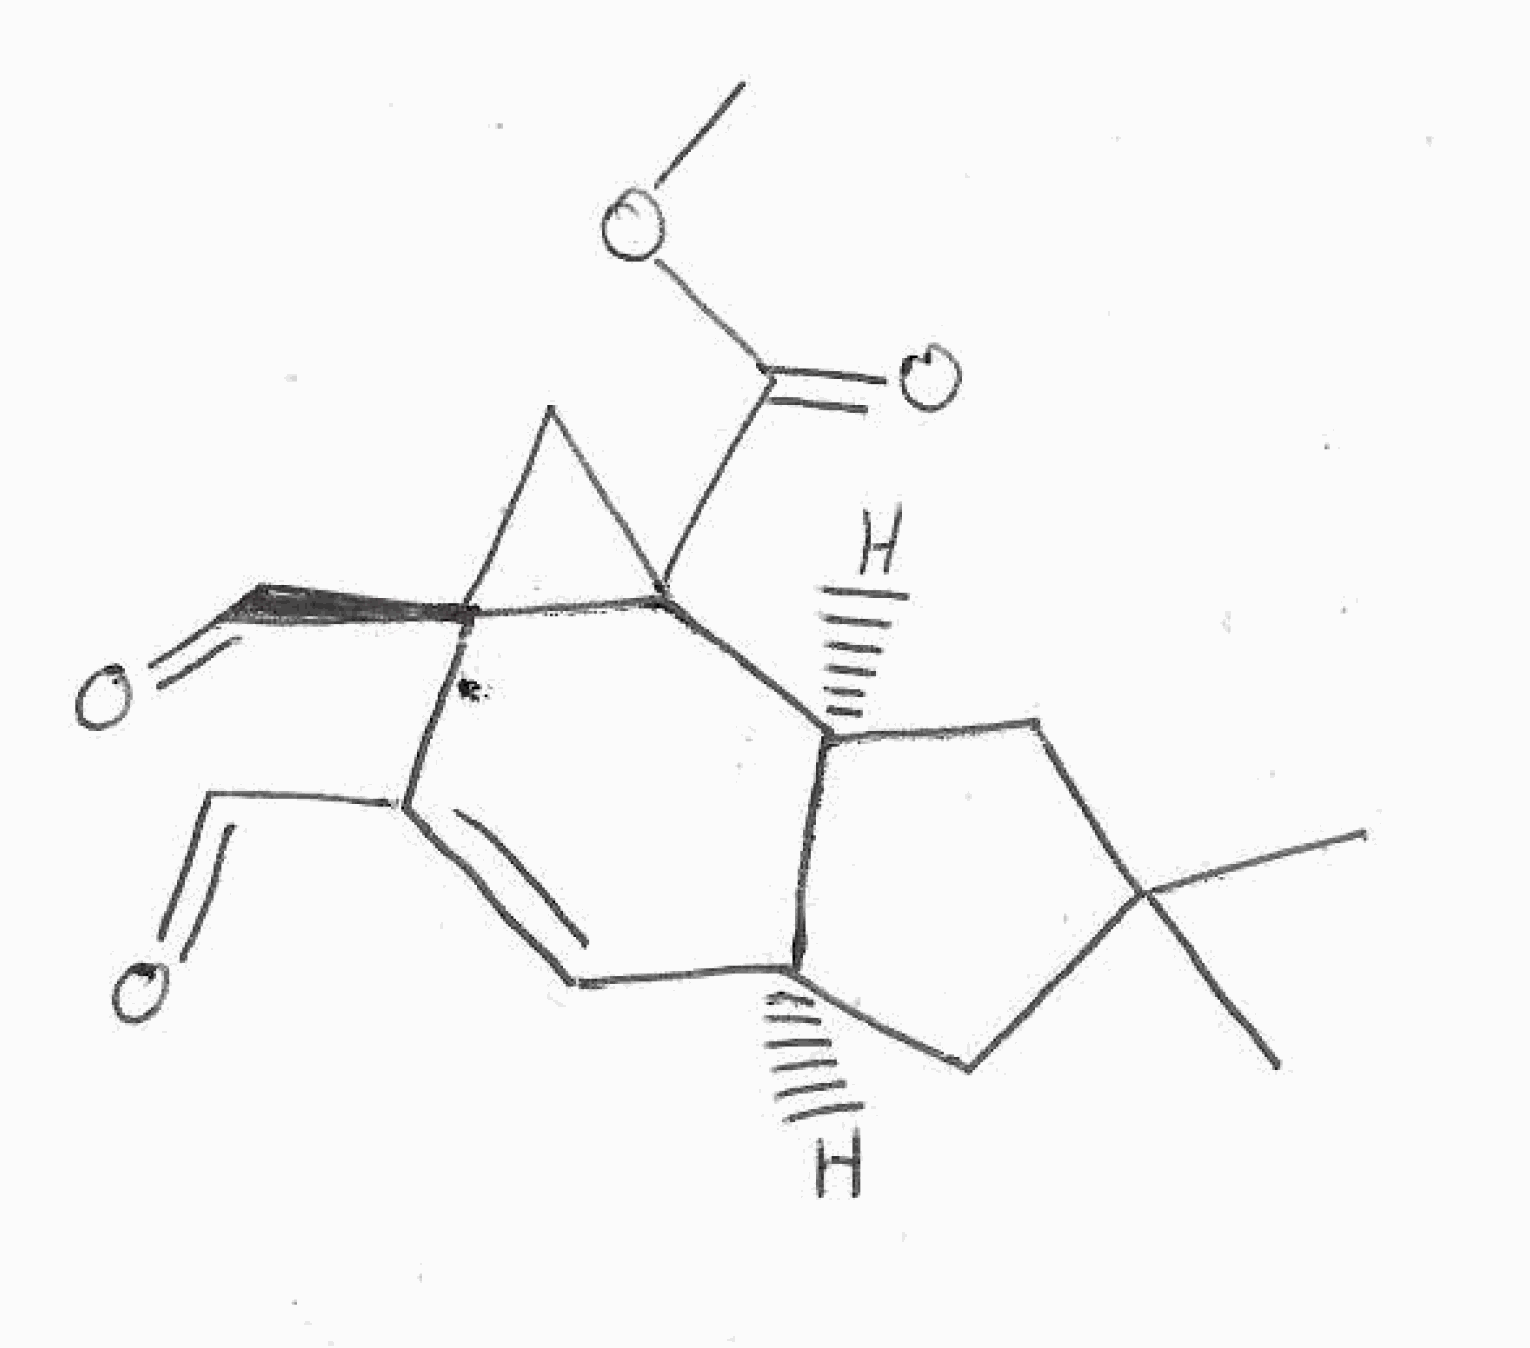
Simplified molecular-input line-entry system (SMILES) notation of the given molecule:
CC1(C[C@H]2C=C([C@@]3(CC3([C@H]2C1)C(=O)OC)C=O)C=O)C